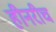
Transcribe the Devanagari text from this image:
हीनरीच